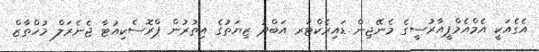
އެގެއަކީ އެމްއެމްޕީއާރުސީގެ މެނޭޖިން ޑައިރެކްޓަރ އަބްދު ޒިޔަތުގެ އިތުރުން ޕްރޮސެކިއުޓާ ޖެނެރަލް މުހްތާޒް